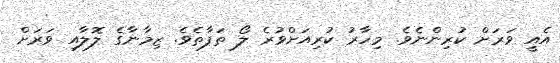
އެއީ ވަރަށް ކުރިންނެވެ. މިހާރު ކުރިއަށްވުރެ ލޯ ތަފާތެވެ. ޒިމާނާގެ ލޮލާއި ވަރަށް